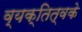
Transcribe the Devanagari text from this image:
व्यक्तित्वके